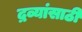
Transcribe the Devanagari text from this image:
द्रव्यांसाठी